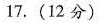
17.(12分)